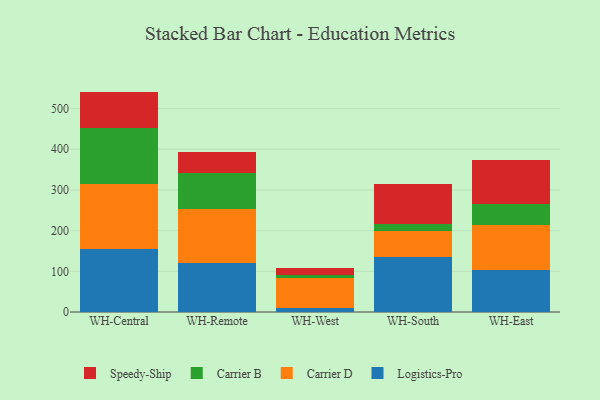
{"axis": {"x": "Warehouse", "y": "Tickets Resolved"}, "legend": ["Carrier B", "Carrier D", "Logistics-Pro", "Speedy-Ship"], "data": [{"x": "WH-Central", "y": 154.8, "type": "Logistics-Pro"}, {"x": "WH-Central", "y": 160.7, "type": "Carrier D"}, {"x": "WH-Central", "y": 136.0, "type": "Carrier B"}, {"x": "WH-Central", "y": 90.3, "type": "Speedy-Ship"}, {"x": "WH-Remote", "y": 120.6, "type": "Logistics-Pro"}, {"x": "WH-Remote", "y": 131.7, "type": "Carrier D"}, {"x": "WH-Remote", "y": 89.8, "type": "Carrier B"}, {"x": "WH-Remote", "y": 51.5, "type": "Speedy-Ship"}, {"x": "WH-West", "y": 9.9, "type": "Logistics-Pro"}, {"x": "WH-West", "y": 73.2, "type": "Carrier D"}, {"x": "WH-West", "y": 8.9, "type": "Carrier B"}, {"x": "WH-West", "y": 17.2, "type": "Speedy-Ship"}, {"x": "WH-South", "y": 135.8, "type": "Logistics-Pro"}, {"x": "WH-South", "y": 62.8, "type": "Carrier D"}, {"x": "WH-South", "y": 17.7, "type": "Carrier B"}, {"x": "WH-South", "y": 98.2, "type": "Speedy-Ship"}, {"x": "WH-East", "y": 103.1, "type": "Logistics-Pro"}, {"x": "WH-East", "y": 111.2, "type": "Carrier D"}, {"x": "WH-East", "y": 51.8, "type": "Carrier B"}, {"x": "WH-East", "y": 108.4, "type": "Speedy-Ship"}]}